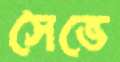
সেভে